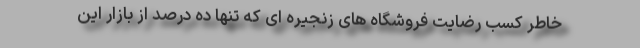
خاطر کسب رضایت فروشگاه های زنجیره ای که تنها ده درصد از بازار این